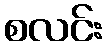
စလင်း